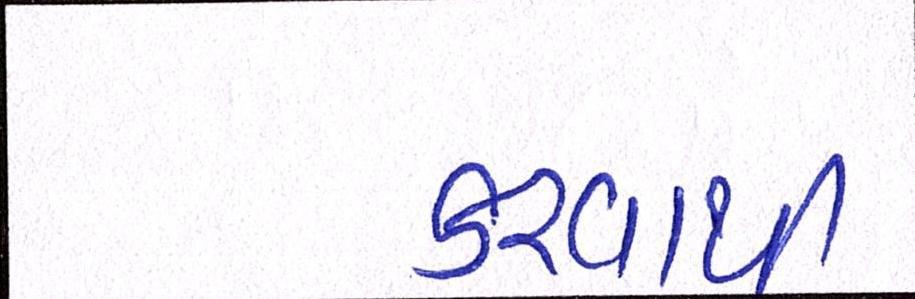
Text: કરવાથી